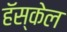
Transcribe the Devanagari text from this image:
हॅस्केल